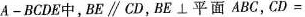
A-BCDE中，BE\parallel CD，BE⊥平面ABC，$$C D =$$